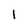
Character: I